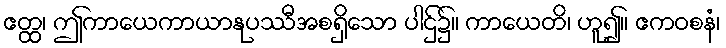
ဧတ္ထ၊ ဤကာယေကာယာနုပဿီအစရှိသော ပါဌ်၌။ ကာယေတိ၊ ဟူ၍။ ဧကဝစနံ၊